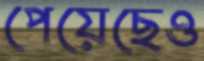
পেয়েছেও